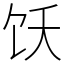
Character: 饫